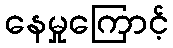
နေမှုကြောင့်